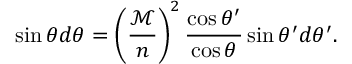
\sin \theta d \theta = \left( \frac { \mathcal { M } } { n } \right) ^ { 2 } \frac { \cos \theta ^ { \prime } } { \cos \theta } \sin \theta ^ { \prime } d \theta ^ { \prime } .